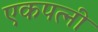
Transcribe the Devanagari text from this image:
एकपत्‍नी